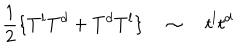
\frac { 1 } { 2 } \{ T ^ { l } T ^ { d } + T ^ { d } T ^ { l } \} \quad \sim \quad t ^ { l } t ^ { d }